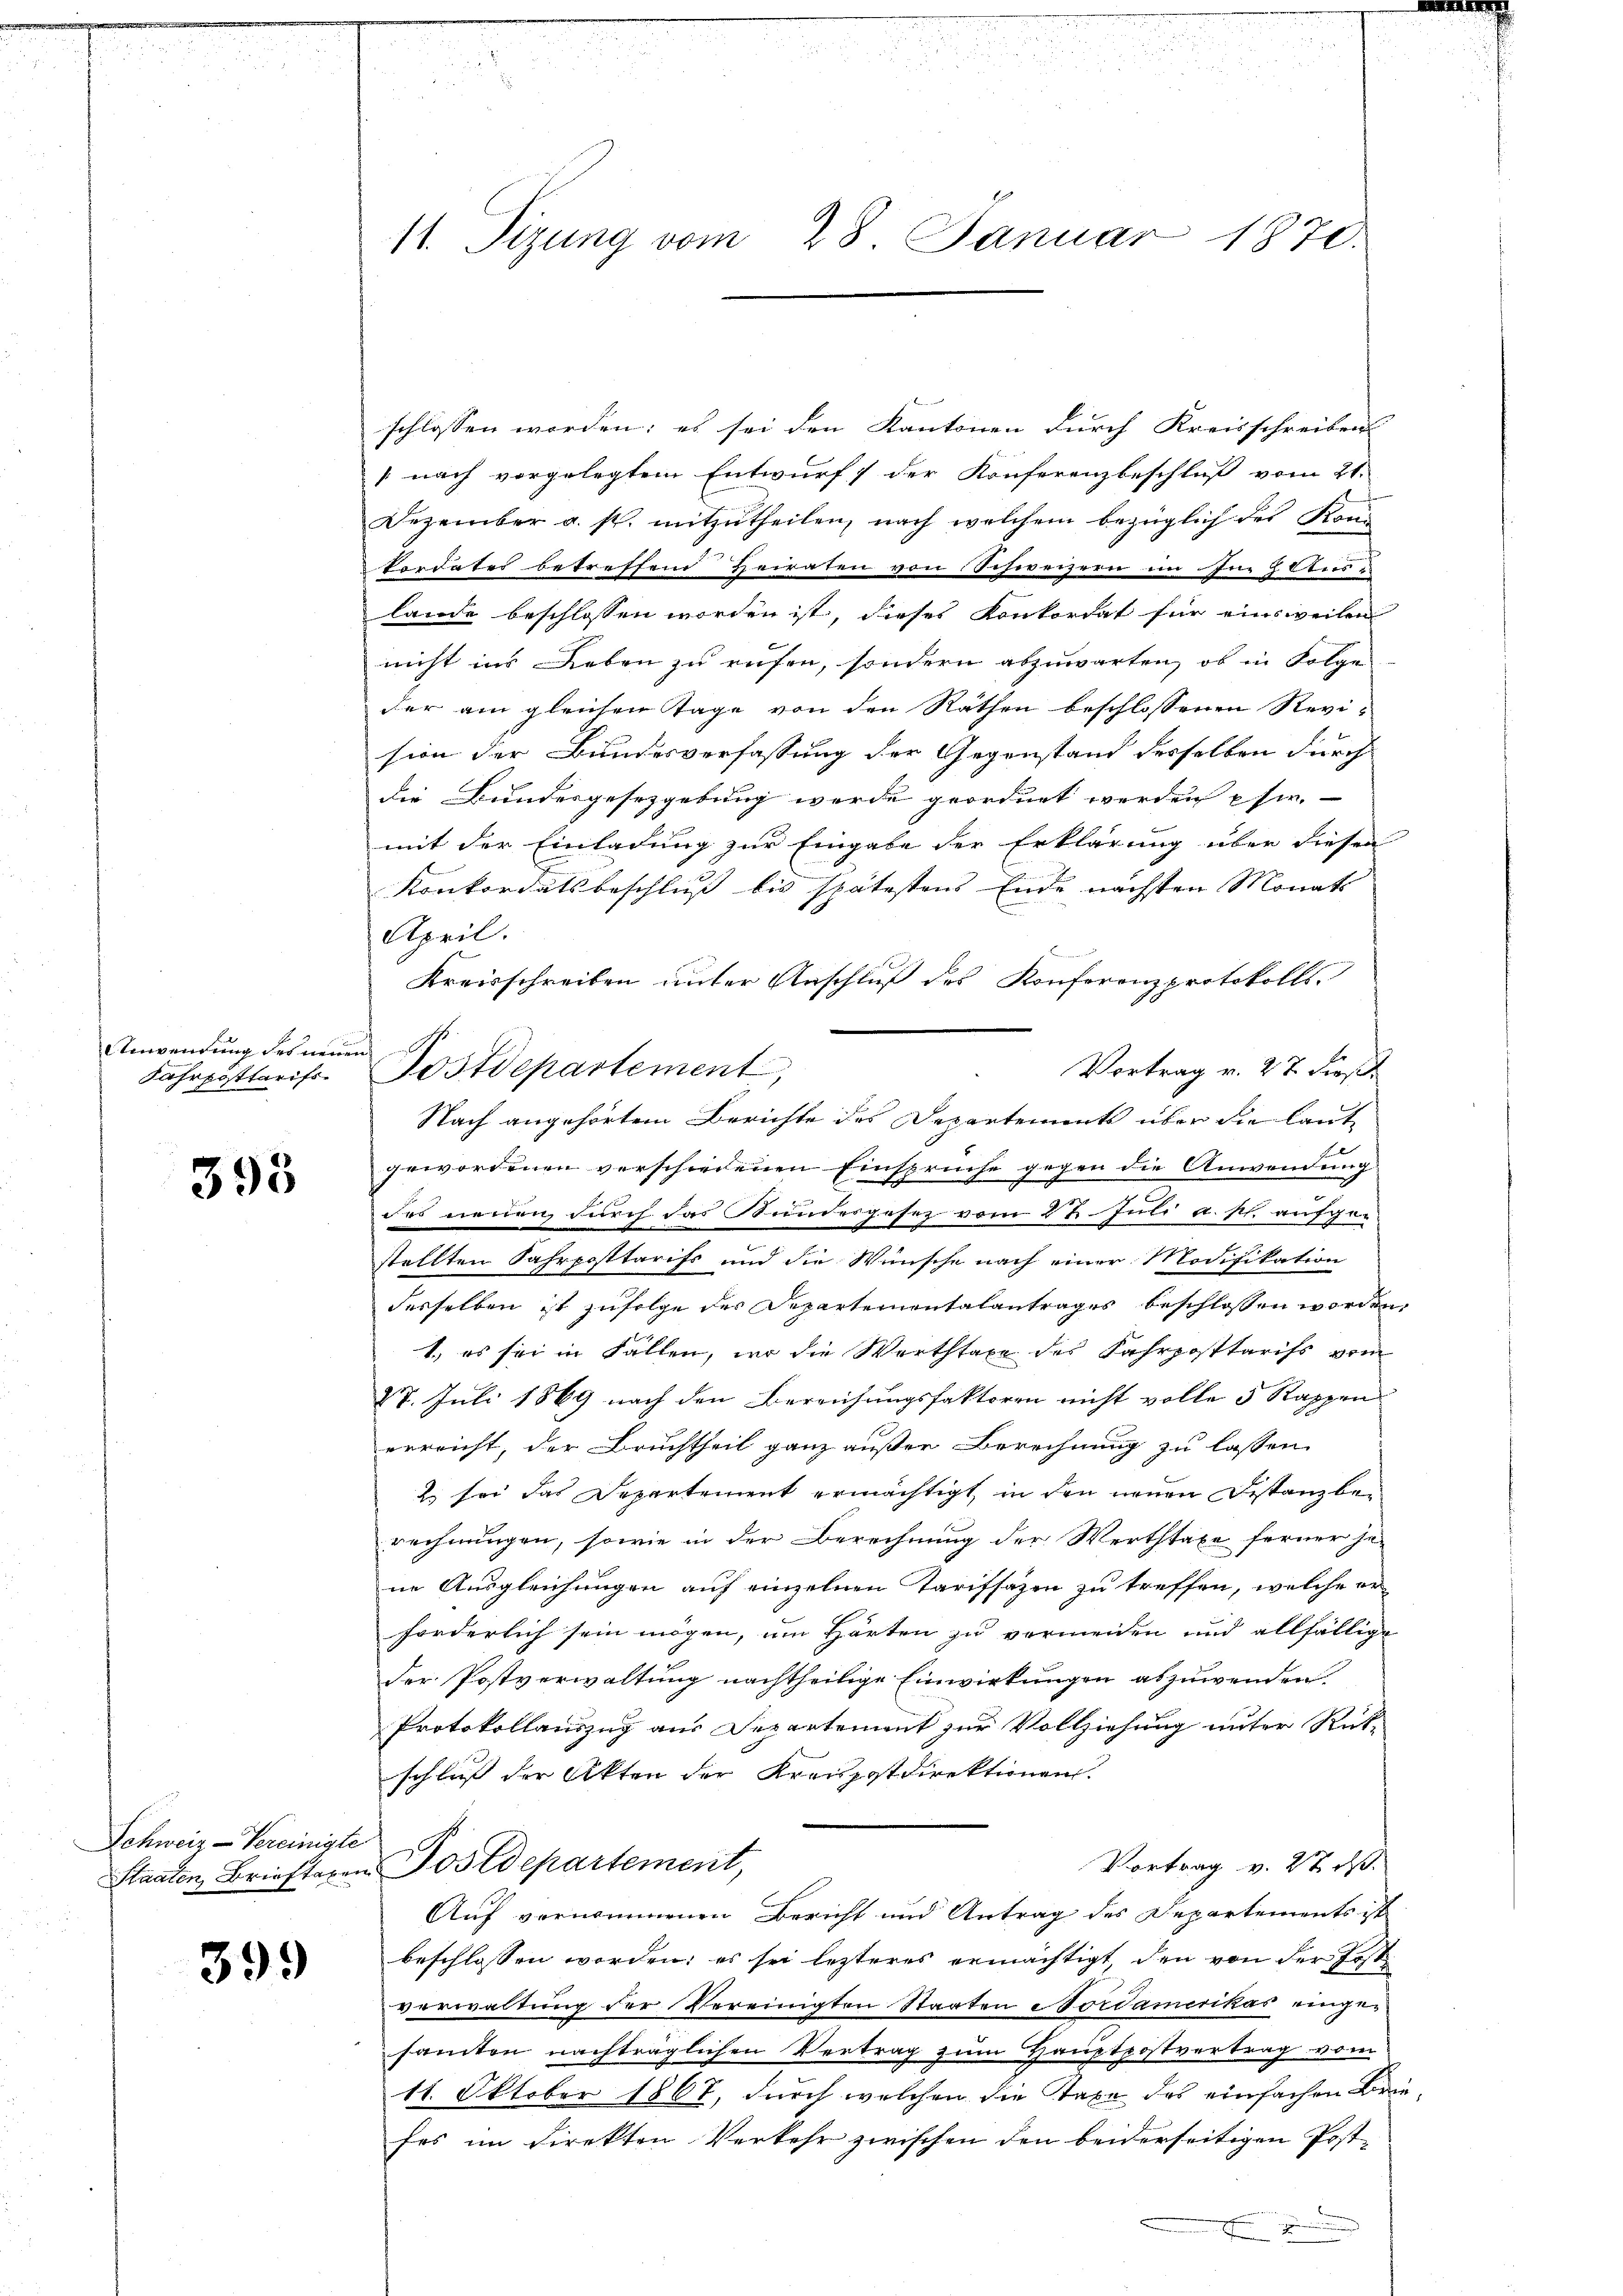
Anwendung des neuen
Fahrposttarifs

395

Schweiz - Vereinigte

399

11. Sizung vom 28. Januar 1870.

schlossen worden; es sei den Kantonen durch Kreisschreiben
[nach vorgelegtem Entwurf der Konferenzbeschluß vom 21.
Dezember u. s. mitzutheilen, nach welchem bezüglich des Kon-
kordater betreffend Heiraten von Schweizern im In z Aus-
lande beschlossen worden ist, dieses Konkordat für einsweilen
nicht ins Leben zu rufen, sondern abzuwarten, ob in Folge
der am gleichen Tage von den Räthen beschlossenen Revi-
sion der Bundesverfassung der Gegenstand desselben durch
die Bundesgesetzgebung werde geordnet werden eher.
mit der Einladung zur Eingabe der Erklärung über diesen
Konkordatsbeschluß bis spätestens Ende nächsten Monats
April.
Kreisschreiben unter Anschluß des Konferenzprotokolls
Postdepartement,
Vortrag v. 27 dieß
Nach angehörtem Berichte des Departements über die laute
c
gewordenen verschiedenen Einspruche gegen die Anwendung
.
des neuen durch das Bundesgesez vom 27. Juli a. p. aufge-
stellten Fahrposttarifs und die Wünsche nach einer Modifikation
desselben ist zufolge der Departementalantrages beschlossen worden,
1., es sei in Fällen, wo die Worthtaxe des Fahrposttarifs vom
27. Juli 1869 nach den Bereichungsfaktoren nicht volle 5 Rappen
vereicht, der Bruchtheil ganz außer Berechnung zu lassen
2 sei das Departement ermächtigt in den neuen Distanzbe-
rechnungen, sowie in der Berechnung der Wertstaxe ferner je-
ne Ausgleichungen auf einzelnen Tarifsazen zu treffen, welche er
forderlich sein mögen, um Härten zu vermeiden und allfällige
der Postverwaltung nachtheilige Einwirkungen abzuwenden,
Protokollauszug aus Departement zur Vollziehung unter Rück-
schluß der Akten der Kreuzstdirektionen.
Vortrag v. 27. ds.
Staaten Brieftaxen Postdepartement,
Auf vernommenen Bericht und Antrag des Departements ist
beschlossen worden; es sei lezteres ermächtigt, den von der Jost
verwaltung der Vereinigten Staaten Nordamerikas einge-
samten nachträglichen Vertrag zum Hauptpostvertrag vom
11. Oktober 1867, durch welchen die Taxe des einfachen Briefes im Direkten Verkehr zwischen den beiderseitigen Post¬